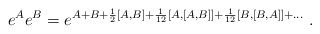
\begin{align*}e^A e^B = e^{A+B + {1\over 2}[A,B] + {1\over 12} [A,[A,B]] + {1\over 12} [B,[B,A]] + \ldots} \ .\end{align*}